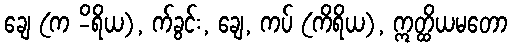
ချေ (က -ိရိယ), က်ခွင်း, ချေ, ကပ် (ကိရိယ), ဣတ္ထိယမတော